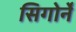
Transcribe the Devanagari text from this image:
सिगोर्ने